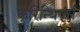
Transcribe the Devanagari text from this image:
कुरिन्थियंस